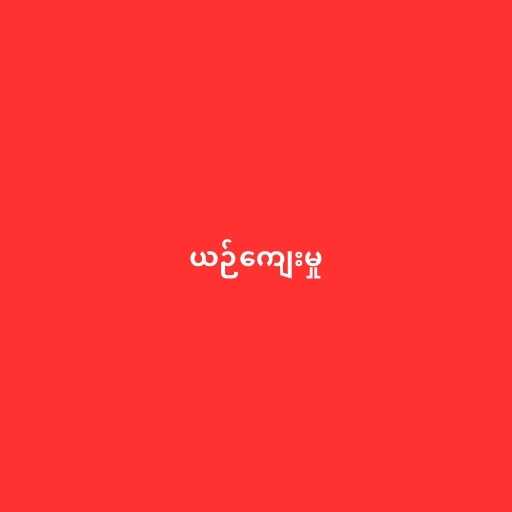
ယဉ်ကျေးမှု